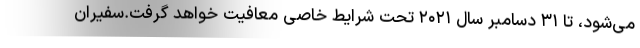
می‌شود، تا ۳۱ دسامبر سال ۲۰۲۱ تحت شرایط خاصی معافیت خواهد گرفت.سفیران